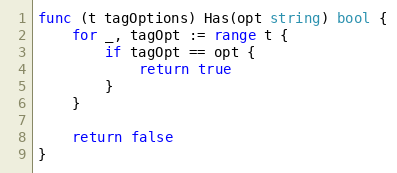
Language: Go
func (t tagOptions) Has(opt string) bool {
	for _, tagOpt := range t {
		if tagOpt == opt {
			return true
		}
	}

	return false
}